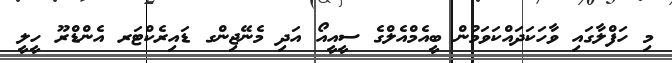
މި ހަފްލާގައި ވާހަކަދައްކަވަމުން ބީއެމްއެލްގެ ސީއީއޯ އަދި މެނޭޖިންގ ޑައިރެކްޓަރ އެންޑްރޫ ހީލީ